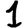
Digit: 1